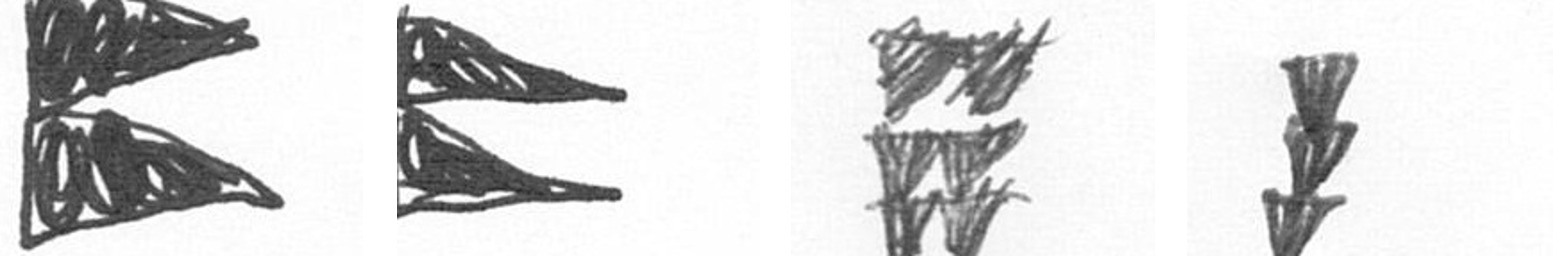
P P Y E